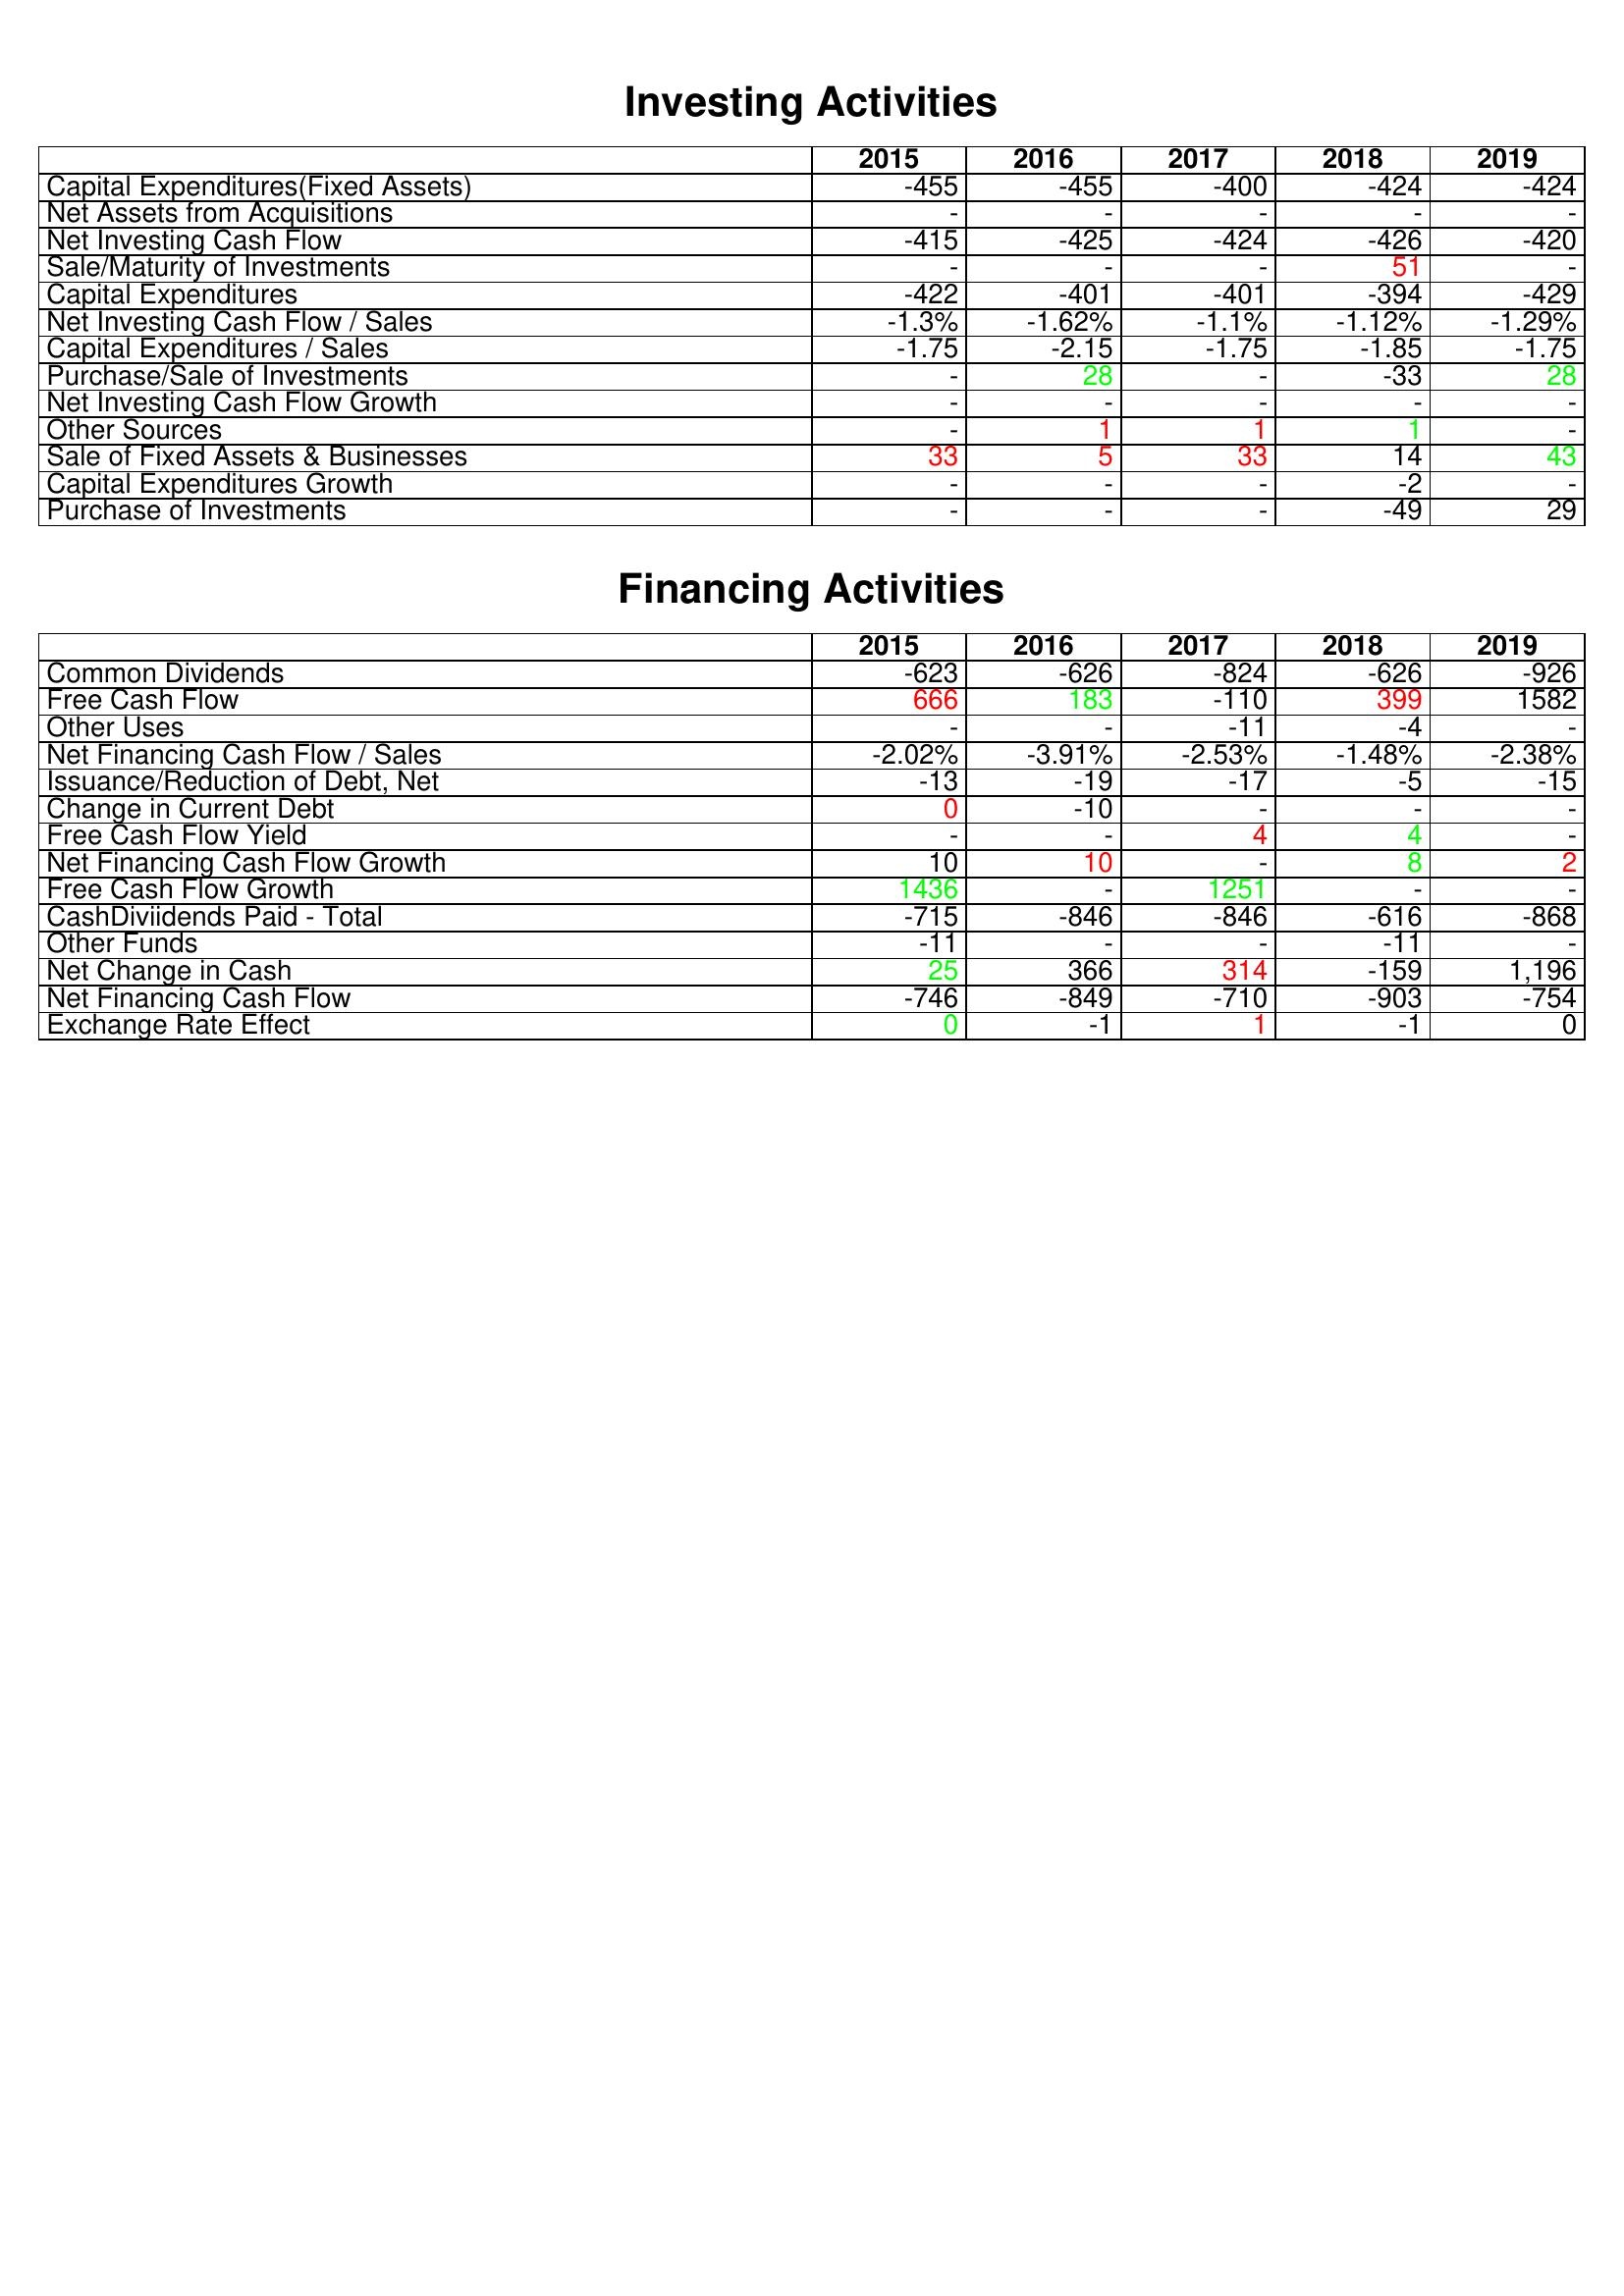
gt_parse: 2015: Investing Activities: Capital Expenditures(Fixed Assets): -455
Net Assets from Acquisitions: -
Net Investing Cash Flow: -415
Sale/Maturity of Investments: -
Capital Expenditures: -422
Net Investing Cash Flow / Sales: -1.3%
Capital Expenditures / Sales: -1.75
Purchase/Sale of Investments: -
Net Investing Cash Flow Growth: -
Other Sources: -
Sale of Fixed Assets & Businesses: 33
Capital Expenditures Growth: -
Purchase of Investments: -
Financing Activities: Common Dividends: -623
Free Cash Flow: 666
Other Uses: -
Net Financing Cash Flow / Sales: -2.02%
Issuance/Reduction of Debt, Net: -13
Change in Current Debt: 0
Free Cash Flow Yield: -
Net Financing Cash Flow Growth: 10
Free Cash Flow Growth: 1436
CashDiviidends Paid - Total: -715
Other Funds: -11
Net Change in Cash: 25
Net Financing Cash Flow: -746
Exchange Rate Effect: 0
2016: Investing Activities: Capital Expenditures(Fixed Assets): -455
Net Assets from Acquisitions: -
Net Investing Cash Flow: -425
Sale/Maturity of Investments: -
Capital Expenditures: -401
Net Investing Cash Flow / Sales: -1.62%
Capital Expenditures / Sales: -2.15
Purchase/Sale of Investments: 28
Net Investing Cash Flow Growth: -
Other Sources: 1
Sale of Fixed Assets & Businesses: 5
Capital Expenditures Growth: -
Purchase of Investments: -
Financing Activities: Common Dividends: -626
Free Cash Flow: 183
Other Uses: -
Net Financing Cash Flow / Sales: -3.91%
Issuance/Reduction of Debt, Net: -19
Change in Current Debt: -10
Free Cash Flow Yield: -
Net Financing Cash Flow Growth: 10
Free Cash Flow Growth: -
CashDiviidends Paid - Total: -846
Other Funds: -
Net Change in Cash: 366
Net Financing Cash Flow: -849
Exchange Rate Effect: -1
2017: Investing Activities: Capital Expenditures(Fixed Assets): -400
Net Assets from Acquisitions: -
Net Investing Cash Flow: -424
Sale/Maturity of Investments: -
Capital Expenditures: -401
Net Investing Cash Flow / Sales: -1.1%
Capital Expenditures / Sales: -1.75
Purchase/Sale of Investments: -
Net Investing Cash Flow Growth: -
Other Sources: 1
Sale of Fixed Assets & Businesses: 33
Capital Expenditures Growth: -
Purchase of Investments: -
Financing Activities: Common Dividends: -824
Free Cash Flow: -110
Other Uses: -11
Net Financing Cash Flow / Sales: -2.53%
Issuance/Reduction of Debt, Net: -17
Change in Current Debt: -
Free Cash Flow Yield: 4
Net Financing Cash Flow Growth: -
Free Cash Flow Growth: 1251
CashDiviidends Paid - Total: -846
Other Funds: -
Net Change in Cash: 314
Net Financing Cash Flow: -710
Exchange Rate Effect: 1
2018: Investing Activities: Capital Expenditures(Fixed Assets): -424
Net Assets from Acquisitions: -
Net Investing Cash Flow: -426
Sale/Maturity of Investments: 51
Capital Expenditures: -394
Net Investing Cash Flow / Sales: -1.12%
Capital Expenditures / Sales: -1.85
Purchase/Sale of Investments: -33
Net Investing Cash Flow Growth: -
Other Sources: 1
Sale of Fixed Assets & Businesses: 14
Capital Expenditures Growth: -2
Purchase of Investments: -49
Financing Activities: Common Dividends: -626
Free Cash Flow: 399
Other Uses: -4
Net Financing Cash Flow / Sales: -1.48%
Issuance/Reduction of Debt, Net: -5
Change in Current Debt: -
Free Cash Flow Yield: 4
Net Financing Cash Flow Growth: 8
Free Cash Flow Growth: -
CashDiviidends Paid - Total: -616
Other Funds: -11
Net Change in Cash: -159
Net Financing Cash Flow: -903
Exchange Rate Effect: -1
2019: Investing Activities: Capital Expenditures(Fixed Assets): -424
Net Assets from Acquisitions: -
Net Investing Cash Flow: -420
Sale/Maturity of Investments: -
Capital Expenditures: -429
Net Investing Cash Flow / Sales: -1.29%
Capital Expenditures / Sales: -1.75
Purchase/Sale of Investments: 28
Net Investing Cash Flow Growth: -
Other Sources: -
Sale of Fixed Assets & Businesses: 43
Capital Expenditures Growth: -
Purchase of Investments: 29
Financing Activities: Common Dividends: -926
Free Cash Flow: 1582
Other Uses: -
Net Financing Cash Flow / Sales: -2.38%
Issuance/Reduction of Debt, Net: -15
Change in Current Debt: -
Free Cash Flow Yield: -
Net Financing Cash Flow Growth: 2
Free Cash Flow Growth: -
CashDiviidends Paid - Total: -868
Other Funds: -
Net Change in Cash: 1,196
Net Financing Cash Flow: -754
Exchange Rate Effect: 0